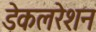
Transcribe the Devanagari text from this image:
डेकलरेशन